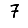
Digit: 7